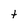
Character: t